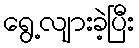
ရွေ့လျားခဲ့ပြီး